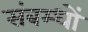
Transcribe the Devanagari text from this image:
संबम्धों